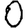
Digit: 0